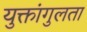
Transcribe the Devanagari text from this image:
युक्तांगुलता